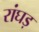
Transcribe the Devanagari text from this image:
रांघड़